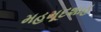
મહમૂદશાહ